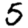
Digit: 5